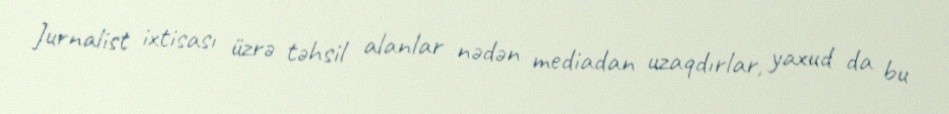
Jurnalist ixtisası üzrə təhsil alanlar nədən mediadan uzaqdırlar, yaxud da bu